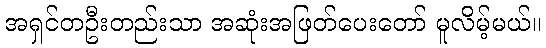
အရှင်တဦးတည်းသာ အဆုံးအဖြတ်ပေးတော် မူလိမ့်မယ်။